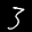
Label: 3